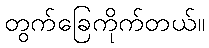
တွက်ခြေကိုက်တယ်။